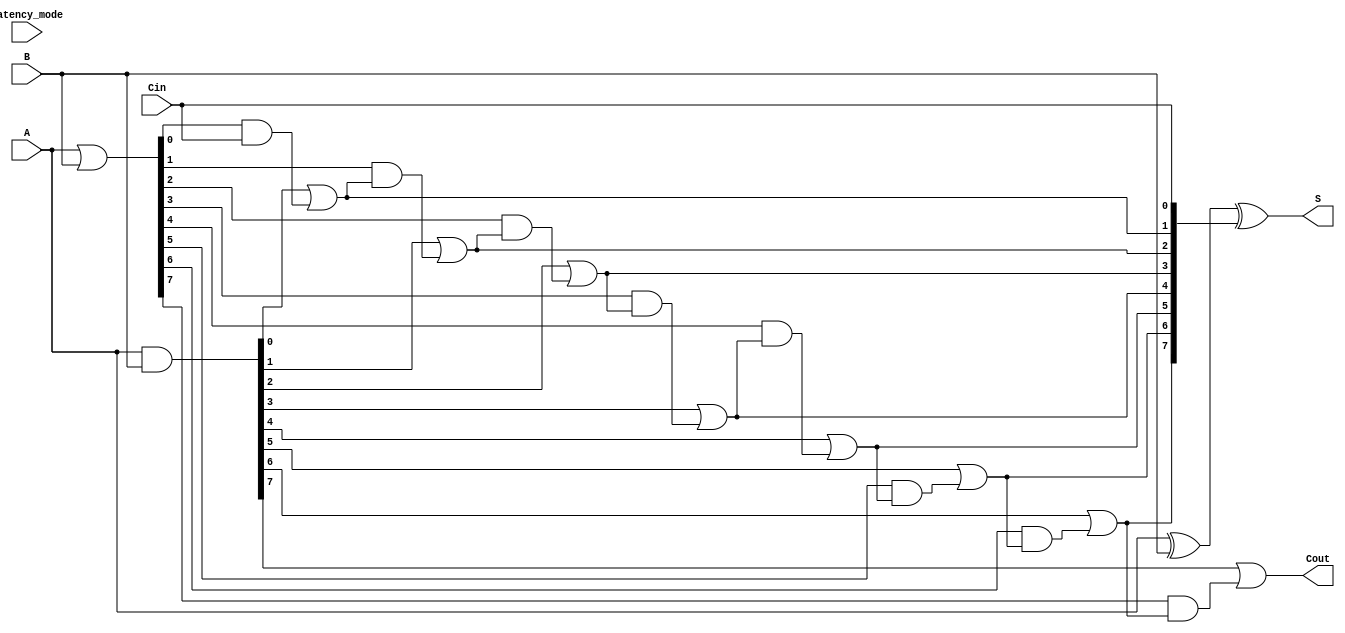
module VariableLatencyCLA #(
    parameter N = 8 // Parameter for the bit size of the adder
)(
    input [N-1:0] A,   // First n-bit input
    input [N-1:0] B,   // Second n-bit input
    input Cin,         // Carry-in
    input [1:0] latency_mode, // Control for variable latency paths (example: 00, 01, 10, 11)
    output [N-1:0] S,  // n-bit sum output
    output Cout        // Carry-out
);

    // Generate and Propagate signals
    wire [N-1:0] G; // Generate
    wire [N-1:0] P; // Propagate
    wire [N:0] C;   // Carry bits

    // Generate and Propagate logic
    assign G = A & B;         // Gi = Ai AND Bi
    assign P = A | B;         // Pi = Ai OR Bi

    // Carry Calculation
    assign C[0] = Cin; // C0 = Cin
    genvar i;
    generate
        for (i = 0; i < N; i = i + 1) begin : carry_calc
            if (i == 0) begin
                assign C[i + 1] = G[i] | (P[i] & C[i]); // C1 = G0 + (P0 AND C0)
            end else begin
                assign C[i + 1] = G[i] | (P[i] & C[i]); // C(i+1) = Gi + (Pi AND Ci)
            end
        end
    endgenerate

    // Carry-out
    assign Cout = C[N]; // Cout = CN

    // Sum Calculation
    assign S = A ^ B ^ C[N-1:0]; // Si = Ai XOR Bi XOR Ci

    // Variable Latency Logic (simplified example)
    wire [N-1:0] S_select;
    assign S_select = (latency_mode == 2'b00) ? S :
                      (latency_mode == 2'b01) ? S :  // Possibly different paths or stages
                      (latency_mode == 2'b10) ? S :  // Further adjustments can be implemented here
                      S; // Default path
    
    // Final output assignment with selected latency
    assign S = S_select;

endmodule